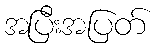
အပြီးအပြတ်